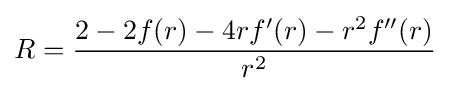
R={\frac {2-2f(r)-4rf'(r)-r^{2}f''(r)}{r^{2}}}